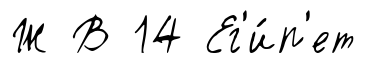
Ж В 14 Ег'и́п'ет